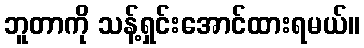
ဘူတာကို သန့်ရှင်းအောင်ထားရမယ်။